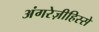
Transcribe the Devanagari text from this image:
अंगरेज़ीहिस्से